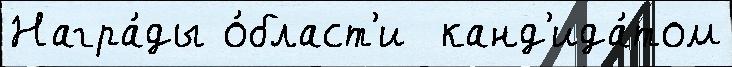
Награ́ды о́бласт'и  канд'ида́том